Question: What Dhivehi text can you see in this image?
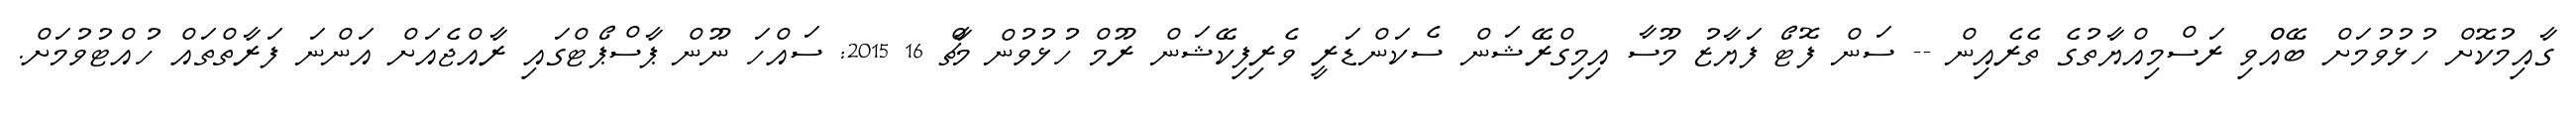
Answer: ގާއިމުކޮށް ހުޅުވުމަށް ބޭއްްވި ރަސްމިއްޔާތުގެ ތެރެއިން -- ސަން ފޮޓޯ ފަޔާޒު މޫސާ އިމިގްރޭޝަން ސެކަންޑަރީ ވެރިފިކޭޝަން ރޫމް ހުޅުވުން މާޗް 16 2015: ސައްހަ ނޫން ޕާސްޕޯޓްގައި ރާއްޖެއަށް އަންނަ ފަރާތްތައް ހުއްޓުވުމަށް.